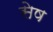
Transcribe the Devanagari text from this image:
सेष